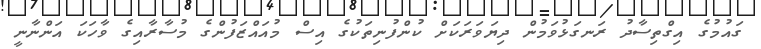
ގައުމުގެ އިގްތިސާދު ރަނގަޅުވަމުން ދިޔަވަރަކަށް ކުންފުނިތަކުގެ އިސް މުއައްޒަފުންގެ މުސާރާއިގެ ވާހަކަ އަންނާނީ